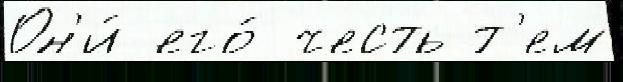
Он'и́ его́ честь т'ем